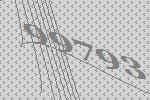
99793